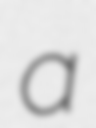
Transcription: a